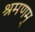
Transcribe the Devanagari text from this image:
श्रमणम्